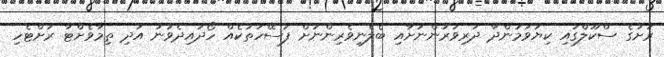
ރަށުގެ ސްކޫލްގައި ކިޔަވަމުންދާ ދަރިވަރުންނަށާއި ބެލެނިވެރިންނަށް ފަސޭހަތަކެއް ހޯދައިދެވުނު އަދި ތިމާވެށްޓާ ރަށްޓެހި